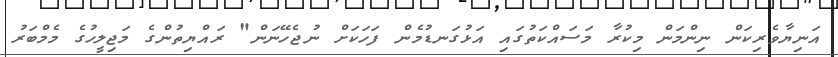
އަނިޔާވެރިކަން ނިންމަން މިކުރާ މަސައްކަތުގައި އަޅުގަނޑުމެން ފަހަކަށް ނުޖެހޭނަން" ރައްޔިތުންގެ މަޖިލީހުގެ މެމްބަރު